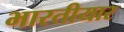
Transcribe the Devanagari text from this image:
भारतीयार